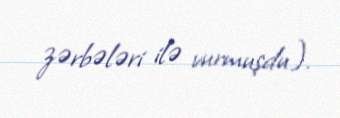
zərbələri ilə vurmuşdu).